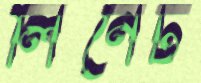
লিনেট